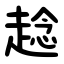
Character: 趝